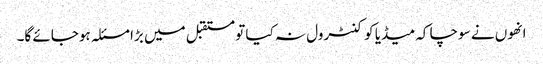
انھوں نے سوچا کہ میڈیا کو کنٹرول نہ کیا تو مستقبل میں بڑا مسئلہ ہوجائے گا۔